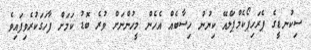
ސިކުނޑީގެ ޕެރަހިޕޯކެމްޕަލްއޭ ކިޔުނު ހިސާބެއް އެހެން މީހުންނަށް ވުރެ ބޮޑު ކަމަށް ފާހަގަކުރެވިފައިވެ